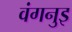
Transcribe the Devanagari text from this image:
वंगनुइ